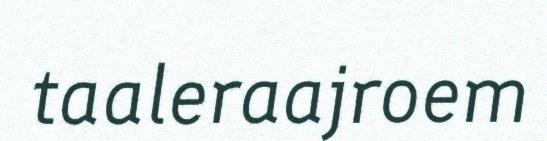
taaleraajroem